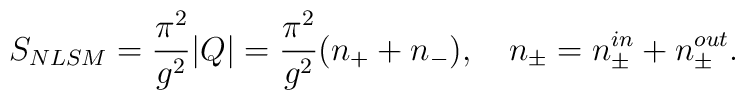
S_{NLSM} = {\pi^2 \over g^2}|Q| = {\pi^2 \over g^2} (n_{+} + n_{-}), \quad n_{\pm} = n_{\pm}^{in} + n_{\pm}^{out} .